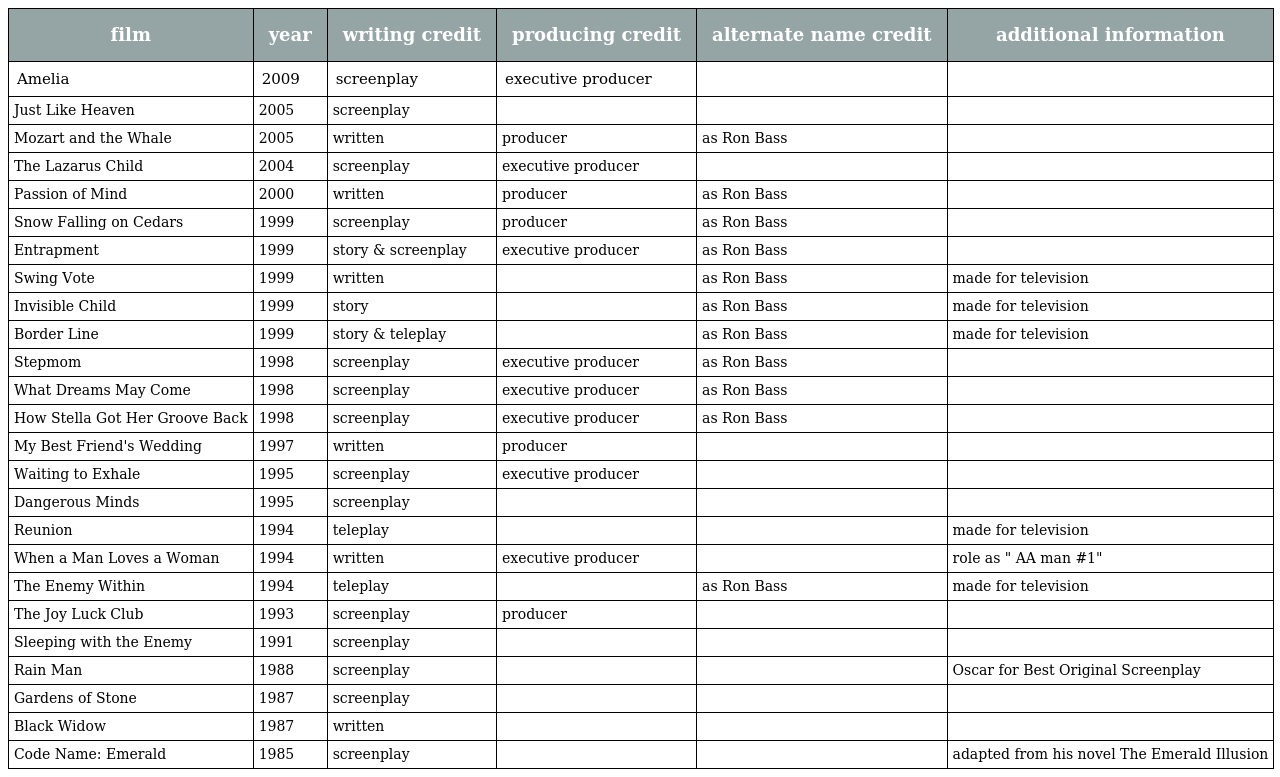
| film | year | writing credit | producing credit | alternate name credit | additional information |
 | --- | --- | --- | --- | --- | --- |
 | Amelia | 2009 | screenplay | executive producer |  |  |
 | Just Like Heaven | 2005 | screenplay |  |  |  |
 | Mozart and the Whale | 2005 | written | producer | as Ron Bass |  |
 | The Lazarus Child | 2004 | screenplay | executive producer |  |  |
 | Passion of Mind | 2000 | written | producer | as Ron Bass |  |
 | Snow Falling on Cedars | 1999 | screenplay | producer | as Ron Bass |  |
 | Entrapment | 1999 | story & screenplay | executive producer | as Ron Bass |  |
 | Swing Vote | 1999 | written |  | as Ron Bass | made for television |
 | Invisible Child | 1999 | story |  | as Ron Bass | made for television |
 | Border Line | 1999 | story & teleplay |  | as Ron Bass | made for television |
 | Stepmom | 1998 | screenplay | executive producer | as Ron Bass |  |
 | What Dreams May Come | 1998 | screenplay | executive producer | as Ron Bass |  |
 | How Stella Got Her Groove Back | 1998 | screenplay | executive producer | as Ron Bass |  |
 | My Best Friend's Wedding | 1997 | written | producer |  |  |
 | Waiting to Exhale | 1995 | screenplay | executive producer |  |  |
 | Dangerous Minds | 1995 | screenplay |  |  |  |
 | Reunion | 1994 | teleplay |  |  | made for television |
 | When a Man Loves a Woman | 1994 | written | executive producer |  | role as " AA man #1" |
 | The Enemy Within | 1994 | teleplay |  | as Ron Bass | made for television |
 | The Joy Luck Club | 1993 | screenplay | producer |  |  |
 | Sleeping with the Enemy | 1991 | screenplay |  |  |  |
 | Rain Man | 1988 | screenplay |  |  | Oscar for Best Original Screenplay |
 | Gardens of Stone | 1987 | screenplay |  |  |  |
 | Black Widow | 1987 | written |  |  |  |
 | Code Name: Emerald | 1985 | screenplay |  |  | adapted from his novel The Emerald Illusion |